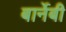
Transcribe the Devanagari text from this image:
बार्नेबी